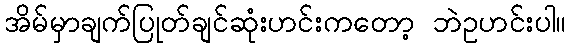
အိမ်မှာချက်ပြုတ်ချင်ဆုံးဟင်းကတော့ ဘဲဥဟင်းပါ။